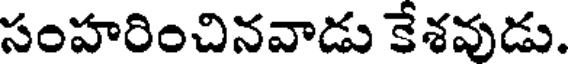
సంహరించినవాడు కేశవుడు.